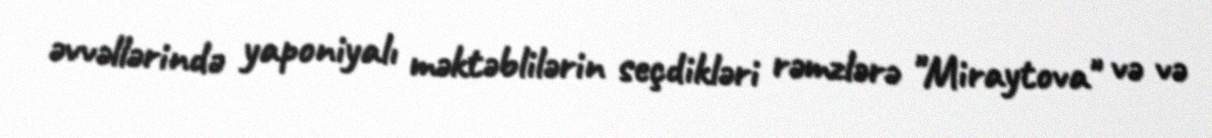
əvvəllərində yaponiyalı məktəblilərin seçdikləri rəmzlərə "Miraytova" və və